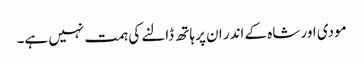
مودی اور شاہ کے اندر ان پر ہاتھ ڈالنے کی ہمت نہیں ہے۔